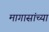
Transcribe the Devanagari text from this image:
मागासांच्या